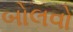
બોલવો